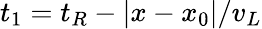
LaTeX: t_{1}=t_{R}-|x-x_{0}|/v_{L}